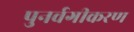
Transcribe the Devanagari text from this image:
पुनर्वगीकरण